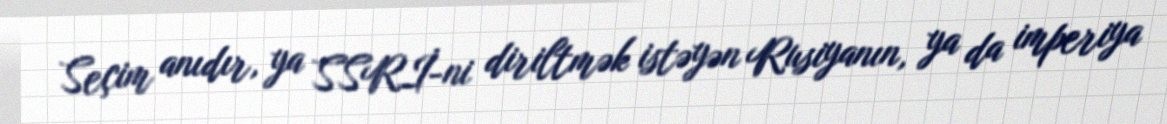
Seçim anıdır, ya SSRİ-ni diriltmək istəyən Rusiyanın, ya da imperiya